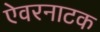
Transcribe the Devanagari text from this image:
ऐवरनाटक